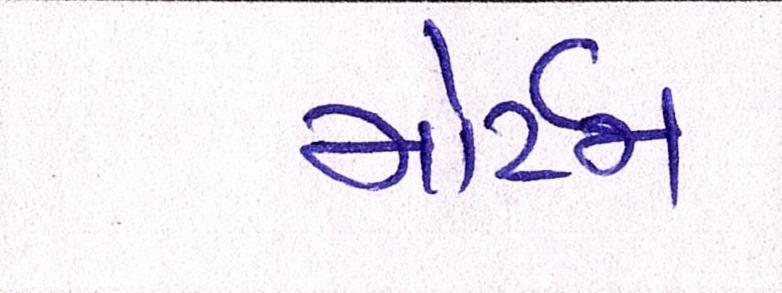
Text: મોર્ટમ